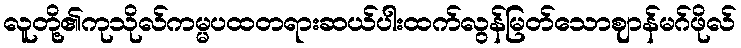
လူတို့၏ကုသိုလ်ကမ္မပထတရားဆယ်ပါးထက်လွန်မြတ်သောဈာန်မဂ်ဖိုလ်